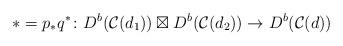
LaTeX: \begin{align*}\ast=p_{\ast}q^{\ast} \colon D^b(\mathcal{C}(d_1)) \boxtimes D^b(\mathcal{C}(d_2)) \to D^b(\mathcal{C}(d))\end{align*}